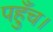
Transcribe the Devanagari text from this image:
पहुँच।